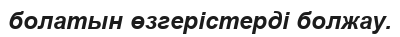
болатын өзгерістерді болжау.